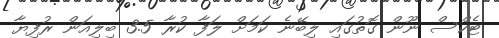
ޓެކްސް ނޫން ގޮތުގައި ލިބޭނެ ކަމަށް ލަފާ ކުރާ 3.5 ބިލިއަން ރުފިޔާ